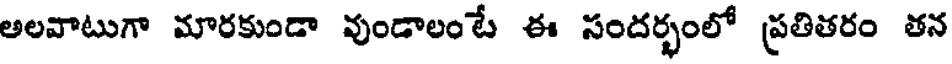
అలవాటుగా మారకుండా వుండాలంటే ఈ సందర్భంలో ప్రతితరం తన